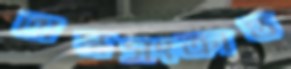
অস্ত্রসংক্রান্ত